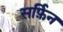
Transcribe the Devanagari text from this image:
सर्फ़िन